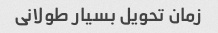
زمان تحویل بسیار طولانی